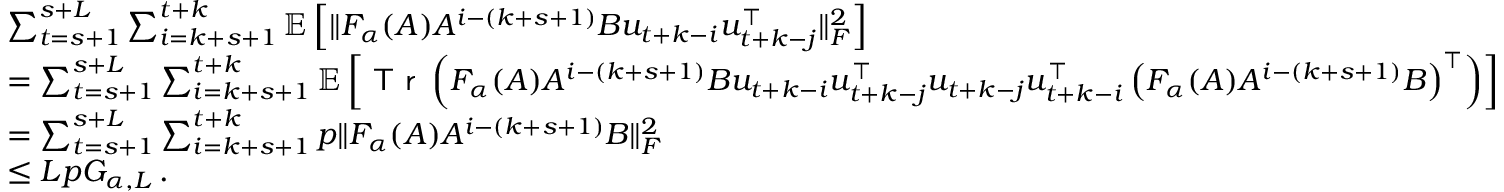
\begin{array} { r l } & { \sum _ { t = s + 1 } ^ { s + L } \sum _ { i = k + s + 1 } ^ { t + k } \mathbb { E } \left[ \ensuremath { \lVert F _ { \alpha } ( A ) A ^ { i - ( k + s + 1 ) } B u _ { t + k - i } u _ { t + k - j } ^ { \top } \rVert } _ { F } ^ { 2 } \right] } \\ & { = \sum _ { t = s + 1 } ^ { s + L } \sum _ { i = k + s + 1 } ^ { t + k } \mathbb { E } \left[ \textsf { T r } \left( F _ { \alpha } ( A ) A ^ { i - ( k + s + 1 ) } B u _ { t + k - i } u _ { t + k - j } ^ { \top } u _ { t + k - j } u _ { t + k - i } ^ { \top } \left( F _ { \alpha } ( A ) A ^ { i - ( k + s + 1 ) } B \right) ^ { \top } \right) \right] } \\ & { = \sum _ { t = s + 1 } ^ { s + L } \sum _ { i = k + s + 1 } ^ { t + k } p \ensuremath { \lVert F _ { \alpha } ( A ) A ^ { i - ( k + s + 1 ) } B \rVert } _ { F } ^ { 2 } } \\ & { \leq L p G _ { \alpha , L } \, . } \end{array}